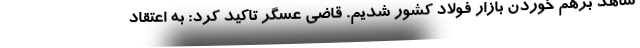
شاهد برهم خوردن بازار فولاد کشور شدیم. قاضی عسگر تاکید کرد: به اعتقاد